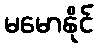
မမောနိုင်